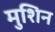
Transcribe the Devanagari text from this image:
मुशिन